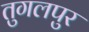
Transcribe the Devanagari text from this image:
तुगलपुर